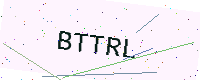
Text: BTTRL